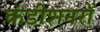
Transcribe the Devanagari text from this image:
कंडीशनरों